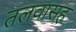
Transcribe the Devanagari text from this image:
तलवासह